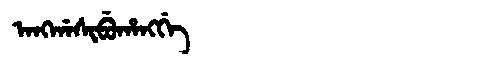
Manchu: ᠠᠩᡤᠠᠰᡳᠪᡠᡥᠠᠩᡤᡝ
Romanization: ANGGASIBUHANGGE